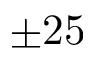
\pm 2 5